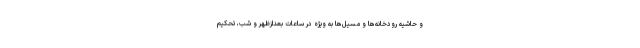
و حاشیه رودخانه‌ها و مسیل‌ها به ویژه در ساعات بعدازظهر و شب، تحکیم